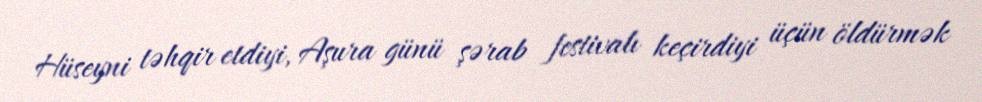
Hüseyni təhqir etdiyi, Aşura günü şərab festivalı keçirdiyi üçün öldürmək